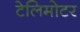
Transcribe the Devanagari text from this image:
टेलिमोटर